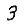
Digit: 3